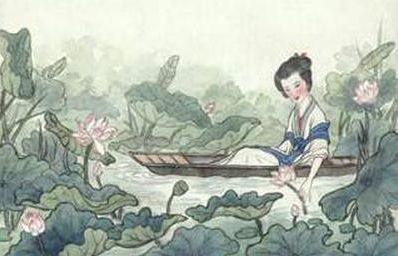
逢郎欲语低头笑，碧玉搔头落水中。